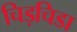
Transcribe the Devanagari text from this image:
चिड़चिडा